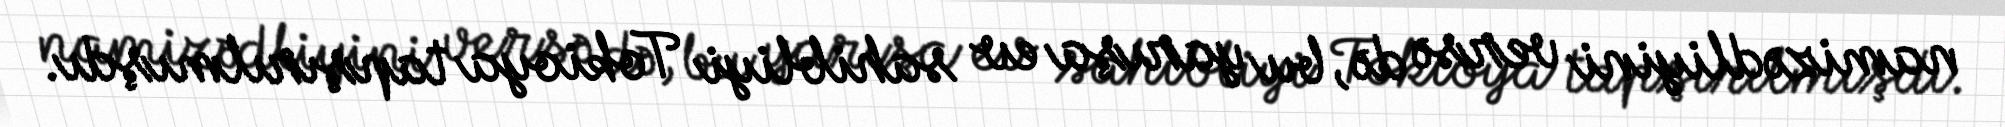
namizədliyini versə də, bu yarışa ev sahibliyi Tokioya tapşırılmışdı.